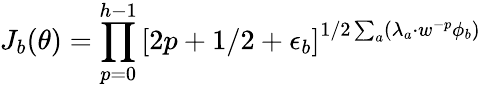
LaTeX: J_{b}(\theta)=\prod_{p=0}^{h-1}\left[2p+1/2+\epsilon_{b}\right]^{1/2\sum_{a}(\lambda_{a}\cdot w^{-p}\phi_{b})}